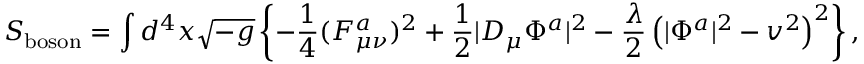
S _ { \mathrm { b o s o n } } = \int d ^ { 4 } x \sqrt { - g } \left\{ - \frac { 1 } { 4 } ( F _ { \mu \nu } ^ { a } ) ^ { 2 } + \frac { 1 } { 2 } \vert D _ { \mu } \Phi ^ { a } \vert ^ { 2 } - \frac { \lambda } { 2 } \left( \vert \Phi ^ { a } \vert ^ { 2 } - v ^ { 2 } \right) ^ { 2 } \right\} ,